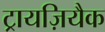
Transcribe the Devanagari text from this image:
ट्रायज़ियैक